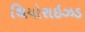
થિયોરાઇઝડ